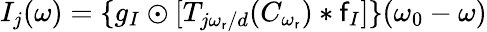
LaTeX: I_{j}(\omega)=\{ g_{I}\odot[T_{j\omega_{\mathsf{r}}/d}(C_{\omega_{\mathsf{r}}})*\mathsf{f}_{I}]\} (\omega_{0}-\omega)